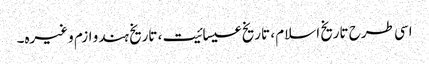
اسی طرح تاریخ اسلام ، تاریخ عیسائیت ، تاریخ ہندو ازم وغیرہ۔